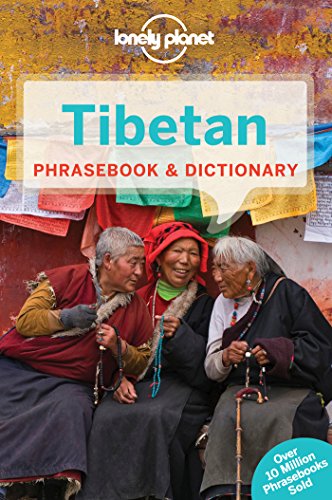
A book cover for Lonely Planet Tibetan Phrasebook & Dictionary (Lonely Planet Phrasebook: Tibetan); Lonely Planet; Travel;